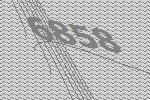
6858